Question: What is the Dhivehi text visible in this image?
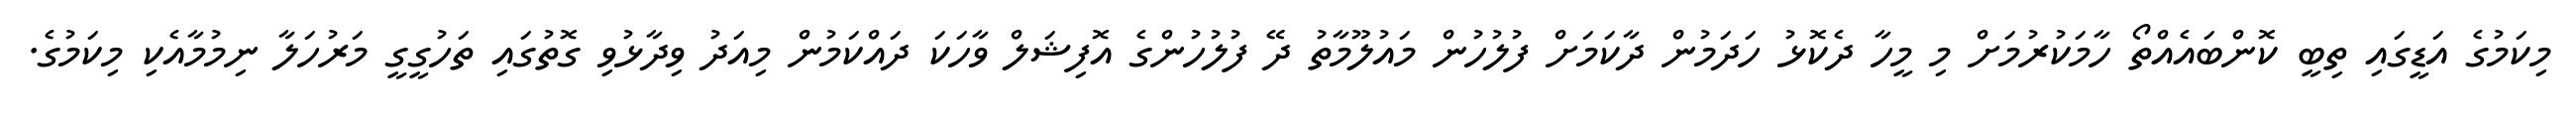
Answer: މިކަމުގެ އަޑީގައި ތިބީ ކޮންބައެއްތޯ ހާމަކުރުމަށް މި މީހާ ދެކޮޅު ހަދަމުން ދާކަމަށް ފުލުހުން މައުލޫމާތު ދޭ ފުލުހުންގެ އޮފިޝަލް ވާހަކަ ދައްކަމުން މިއަދު ވިދާޅުވި ގޮތުގައި ތަހުގީގީ މަރުހަލާ ނިމުމާއެކި މިކަމުގެ.